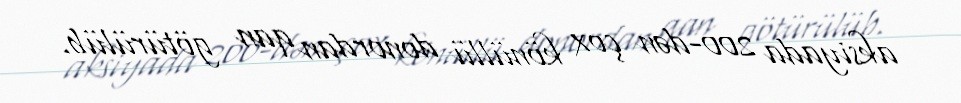
aksiyada 200-dən çox könüllü donordan qan götürülüb.